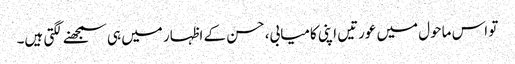
تو اس ماحول میں عورتیں اپنی کامیابی، حسن کے اظہار میں ہی سمجھنے لگتی ہیں۔